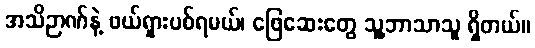
အသိဉာဏ်နဲ့ ဖယ်ရှားပစ်ရမယ်၊ ဖြေဆေးတွေ သူ့ဘာသာသူ ရှိတယ်။